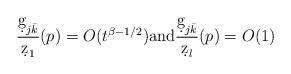
LaTeX: \begin{align*}\frac{\d g_{j\bar k}}{\d z_1}(p)= O(t^{\beta-1/2}) \textrm{and} \frac{\d g_{j\bar k}}{\d z_l}(p)=O(1)\end{align*}